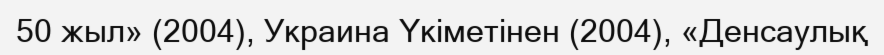
50 жыл» (2004), Украина Үкіметінен (2004), «Денсаулық